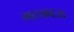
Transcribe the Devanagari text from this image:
भटकाऊ